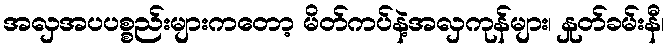
အလှအပပစ္စည်းများကတော့ မိတ်ကပ်နဲ့အလှကုန်များ၊ နှုတ်ခမ်းနီ၊